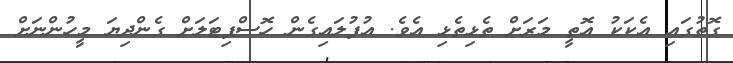
ގޮތުގައި އެކަކު އޮތީ މަރަށް ތެޅިތެޅި އެވެ. އުފުލައިގެން ހޮސްޕިޓަލަށް ގެންދިޔަ މީހުންނަށް